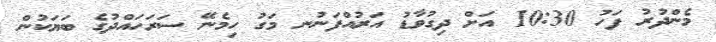
މެންދުރު ފަހު 10:30 އަށް ދިގުވާޑު އަރުއްފަނުނ މަގު ހިމެނޭ ސަރަހައްދުގެ ބަޔަކުން